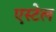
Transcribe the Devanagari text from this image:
एस्टेल